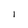
Character: 1